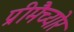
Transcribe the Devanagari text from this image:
प्रीमैच्योर